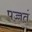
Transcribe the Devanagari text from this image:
पच्चतं